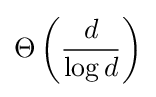
\Theta \left({\frac {d}{\log {d}}}\right)